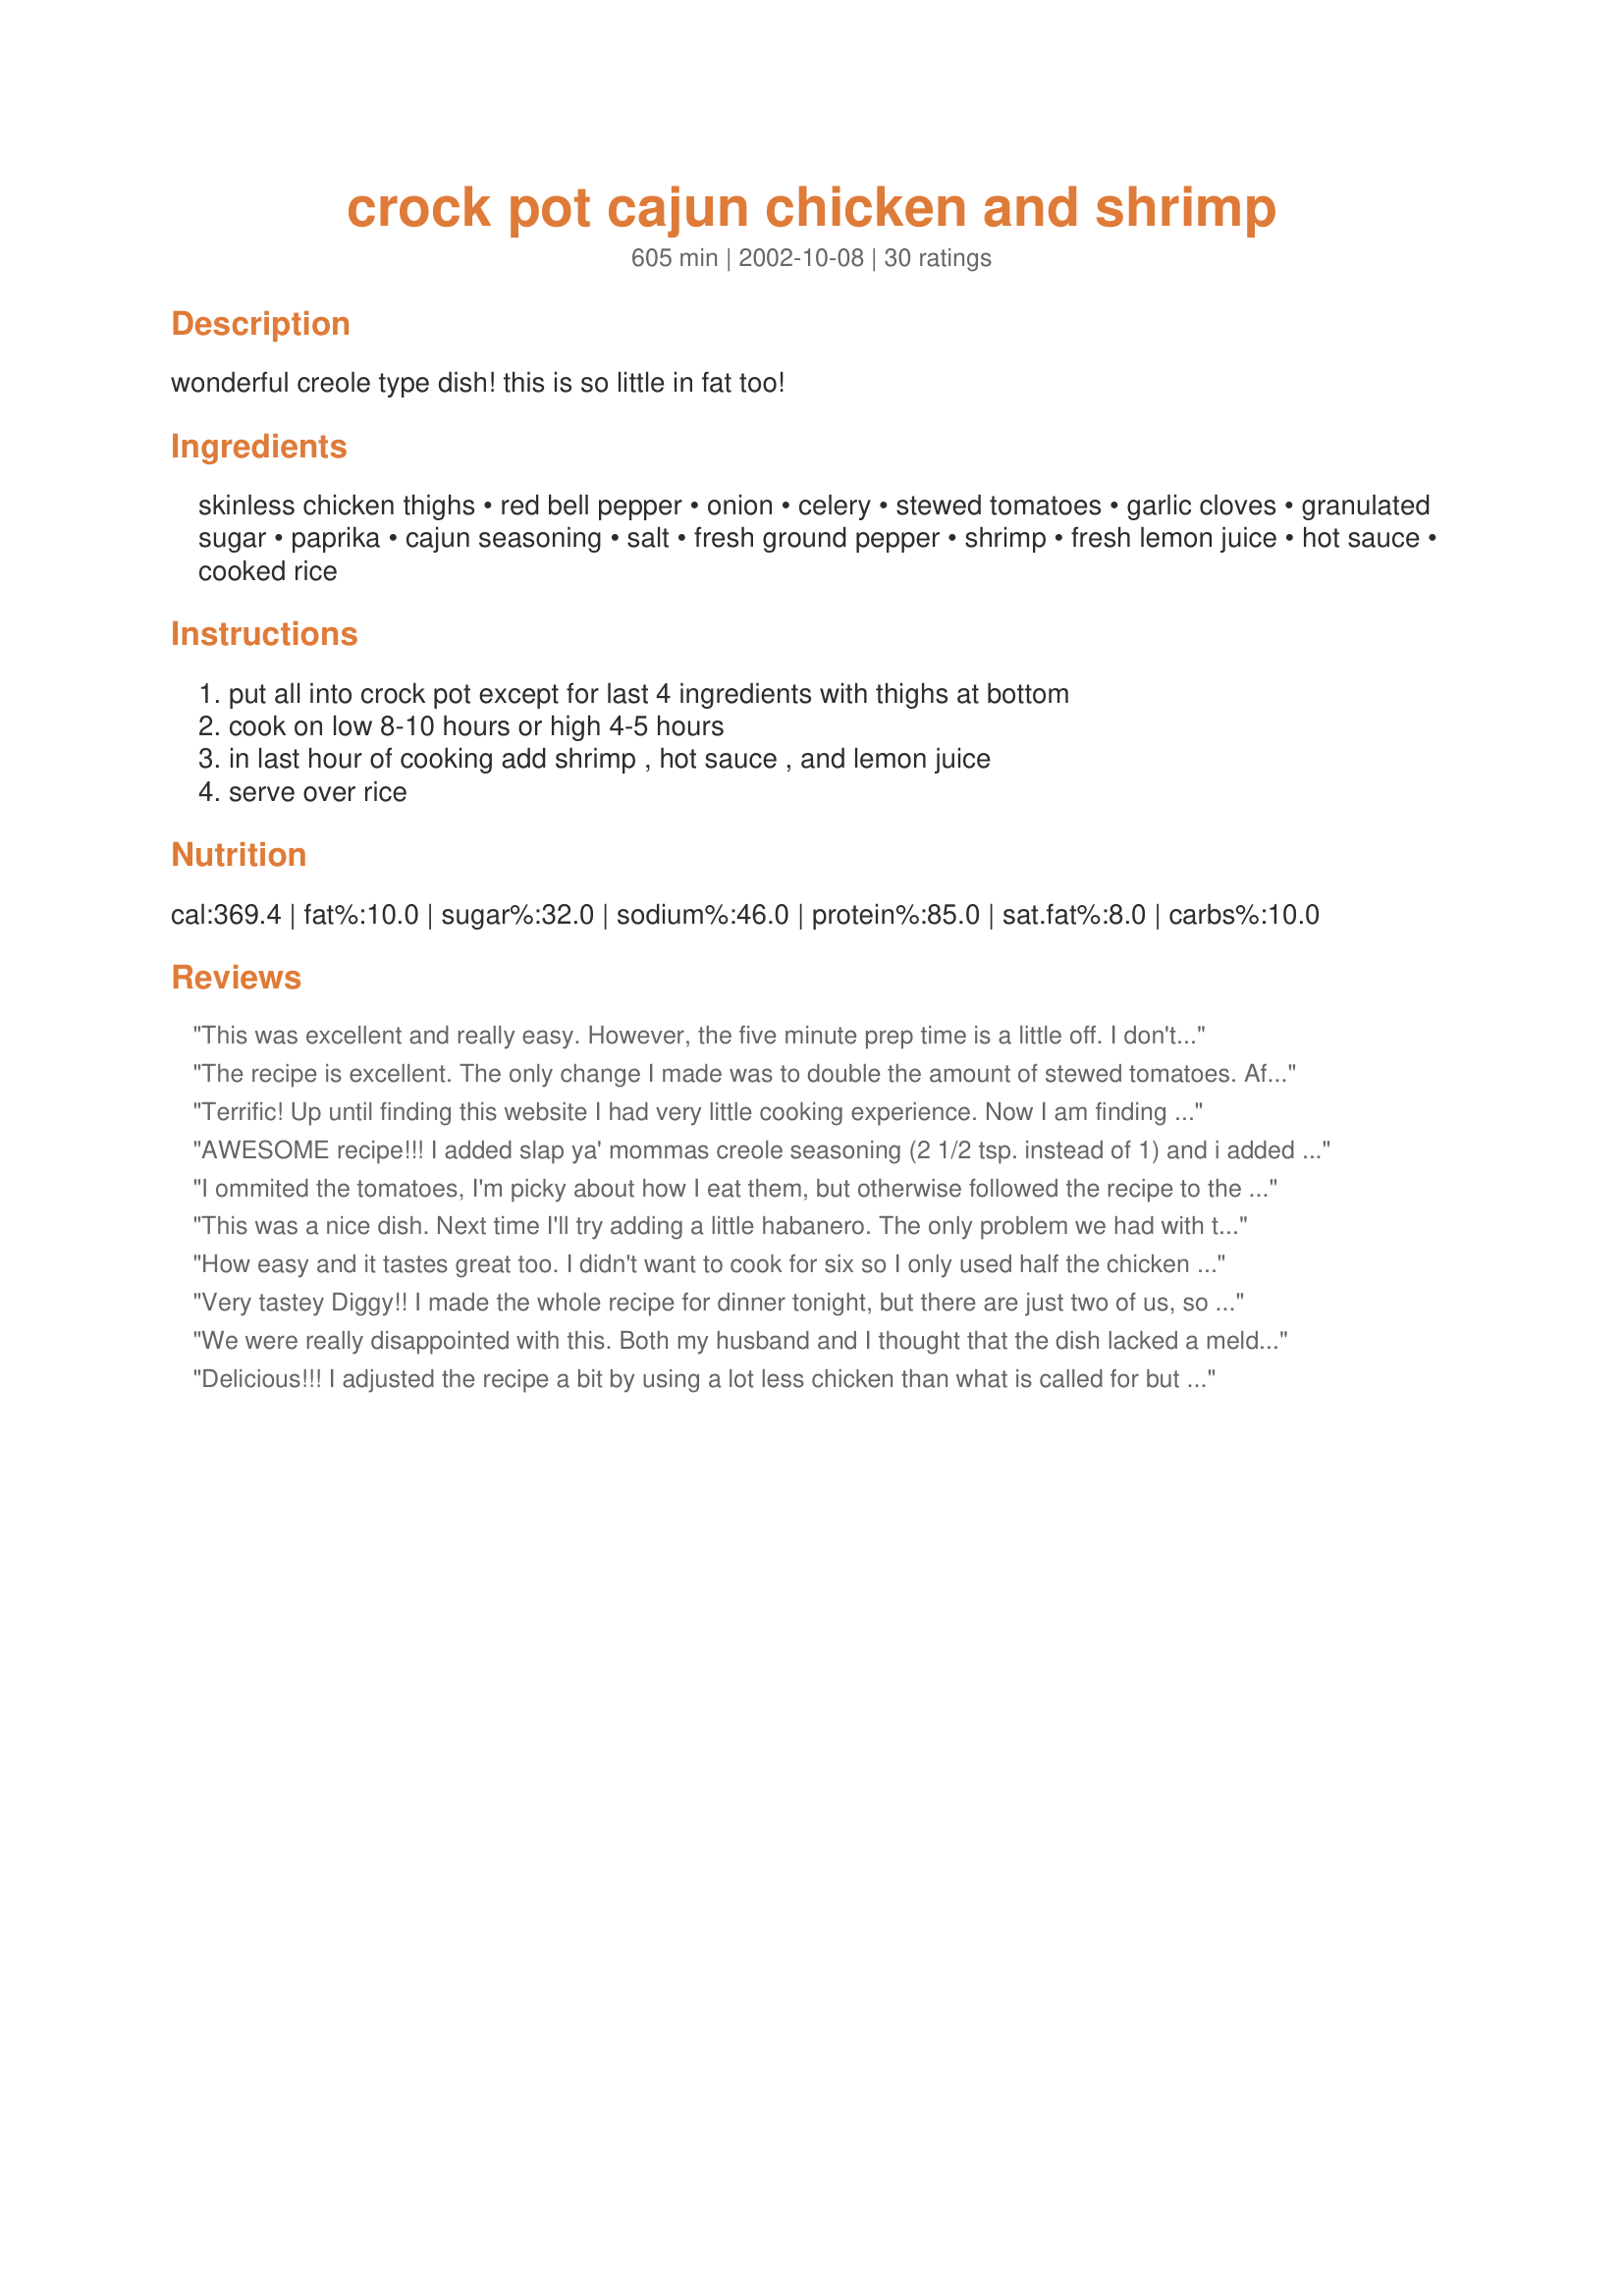
crock pot cajun chicken and shrimp
Preparation time: 605 minutes

wonderful creole type dish! this is so little in fat too!

Ingredients:
skinless chicken thighs, red bell pepper, onion, celery, stewed tomatoes, garlic cloves, granulated sugar, paprika, cajun seasoning, salt, fresh ground pepper, shrimp, fresh lemon juice, hot sauce, cooked rice

Steps:
put all into crock pot except for last 4 ingredients with thighs at bottom, cook on low 8-10 hours or high 4-5 hours, in last hour of cooking add shrimp , hot sauce , and lemon juice, serve over rice

Reviews:
This was excellent and really easy. However, the five minute prep time is a little off. I don't know anybody who can chop onions, bell pepper and celery AND clean and devein shrimp in five minutes. Prep time is actually more like 20 minutes. Served this over basmati rice with crusty bread. MMMMMMGood!!!! Will make this often throughout the winter months.
The recipe is excellent. The only change I made was to double the amount of stewed tomatoes.

After making the recipe, next time I will add the shrimp much closer to the completion time.
Terrific! Up until finding this website I had very little cooking experience. Now I am finding all these wonderful and easy recipes. I actually am enjoying being a cook and my husband is such a happy camper now that I am trying all these new dishes. He devoured this and actually, though I hate to admit it.....made little grunting noises which I can only interpret as sounds of joy! I followed some of the other reviewers suggestion and added the shrimp the last thirty minutes. A great dish!
AWESOME recipe!!! I added slap ya' mommas creole seasoning (2 1/2 tsp. instead of 1) and i added mushrooms and used green bell peppers instead of red....i also set timer for 4 hours and when i got home i added shrimp and lemon juice and added one more hour....MY HUSBAND SOPPED IT UP with the fresh garlic bread i made! : )
I ommited the tomatoes, I'm picky about how I eat them, but otherwise followed the recipe to the 'T' I ended up taking the leftovers to work and my co-workers loved it!
This was a nice dish. Next time I'll try adding a little habanero. The only problem we had with the food was a bunch of chicken bones and such hiding in the stew.
How easy and it tastes great too. I didn't want to cook for six so I only used half the chicken (breasts) and half the shrimp, oh and also the sugar, but the full quantity of everything else. As I wanted the sauce thicker I added a tablespoon of cornflour when I added the shrimp - it wasn't enough so I'll add another tablespoon next time. I also cooked it on high for 4 hours which worked fine. We enjoyed this so much I will be making it again often. Thanks Miss Diggy. Oops! I forgot to mention that I added carrots & peas as you can see from the photo.
Very tastey Diggy!! I made the whole recipe for dinner tonight, but there are just two of us, so I am freezing the rest of it. It will be interesting to see how it is after freezing. Right out of the pot it was excellent!! Great taste, made one change, cut down on the sugar, about half and doubled the cajun seasoning. The timing is just right, it took 4.5 hours on high, I used baby shrimp, canned, just happened to have around (salad shrimp), they seemed to work just fine. Thanks for sharing!
We were really disappointed with this. Both my husband and I thought that the dish lacked a melded taste. There were flavors but they didn't seem to work together. I can't put my finger on exactly what we thought was missing so I'm less than helpful in that regard.
Delicious!!! I adjusted the recipe a bit by using a lot less chicken than what is called for but used the full pound of shrimp -- served 4 of us, but the boys had at least two helpings if not more! Thanks for sharing this keeper!
This was SO good! The chicken fell off the bones, and the flavour was just AWESOME!!! I grated a little cheddar cheese on top and served it over rice, we were very impressed!
This was really good. My cajun seasoning was quite salty so I omitted the extra salt and it turned out very well. I took leftovers to work the next day and it was even better then. Thanks! UPDATE: The first time I made this my power outlet had blown part way through cooking time and I had to throw it in the oven, I did not think this would have affected the taste but I have made it several times since then, full time in the crock pot, and the flavor is so much better than it was the first time. This has become one of our favorite crock pot meals and has been upgraded to a five star meal! Thanks again for sharing this winner!
This is really a great recipe! I used one can of petite diced chili chipotle tomotoes and one can regular stewed and the seasonings were perfect. Thank you so much!
Great recipe. I added fresh mushrooms &amp; link sausage. Made it that much better!
My whole family enjoyed this dish! Even my picky eaters!
Excellent flavor!! So easy to make as well. Thank you for a great recipe. I will definitely make this on a regular basis. Thanks!
This was really good! I got a new crockpot today after my old one died after 20 years. This was a great christening recipe! I did use more shrimp then called for, but other than that followed the recipe as written. A definate repeater!
This dish turned out okay but it didn't taste very cajun to me. I even doubled the cajun seasoning. The chicken did turn out super moist though, so we enjoyed that part. We used bonless, so there would be no bones floating around! I think I would try this again, but on the stovetop and not the crockpot.
I followed the recipe exactly and it was delicious! Thanks for sharing the recipe.
This was very tasty and easy to make. I used skinless, boneless chicken thighs and shrimp that had already been peeled and deveined. Since my meat was boneless, I did add some extra broth while cooking. Everyone enjoyed this dish, thanks for the post!
This is a great crockpot recipe. The only changes I made were to leave out the sugar and double the cajun seasoning. I used medium size shrimp and it worked fine. Thanks for sharing such an easy and tasty recipe.
I also thickened the sauce when adding the shrimp. I also used frozen peppers so added them at the end as well. I added a little chopped celery at the beginning as well. Definitely a keeper recipe. I had made it before but really liked the thicker sauce. Just the sauce and rice alone made such a nice creole rice, and the delicious chicken and shrimp were a bonus. I used two thighs and 3 legs with the bone, but skinned them first. Cooking for one, so this made two dinners and lunch today for me. Next time will definitely make a homemade TV dinner for the freezer.
This was both easy and good. I cooked it for 10 hours and the house smelled amazing. My husband claimed the leftovers for tomorrow&#039;s lunch. This recipe is a keeper!
Great recipe, just the right amout of spices, will add sausage the next time I fix this
I like my sauces to be less runny, so I added some milk and cornstarch at the end, which turned out quite nice. Don't scrimp on the shrimp, get the best!
Outstanding!! so easy to prepare. My family loves this recipe. It has become a staple in our house. Thanks so much for sharing
This recipe was great and really easy too! I used boneless, skinless chicken breasts and after a few hours when I stirred it, it was falling apart because it was so tender. I also used 2 tablespoons of chopped garlic out of the jar instead of having to mince the cloves and I added sausage as well. Even my picky 7 year old loved it!!
This recipe was quite tasty although my family insisted it didn&#039;t taste quite &quot;Cajun enough&quot;. Next time I&#039;m going to add more Cajun seasoning and a couple of bay leaves and see if that ups the Cajun factor for them. The only change I made to the recipe was to substitute green bells for the red.
This was wonderful.I loved the smell when I walked into the house. I served this with the rice and a crusty bread for dipping the juices. I will make this again very soon. I did cheat and use the frozen large shrimp since that was what I had on hand.
This was wonderful;so flavorful! Thanks for such an excellent recipe.
